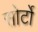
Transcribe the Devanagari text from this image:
सोर्टो